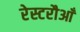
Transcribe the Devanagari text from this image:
रेस्टरौआँ